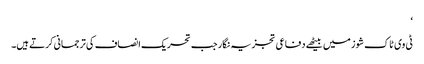
‘
ٹی وی ٹاک شوز میں بیٹھے دفاعی تجزیہ نگار جب تحریک انصاف کی ترجمانی کرتے ہیں۔